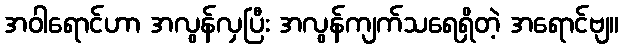
အဝါရောင်ဟာ အလွန်လှပြီး အလွန်ကျက်သရေရှိတဲ့ အရောင်ဗျ။